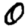
Digit: 0